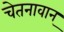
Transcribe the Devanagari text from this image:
चेतनावान्‌